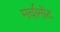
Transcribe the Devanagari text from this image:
मर्चामोंट